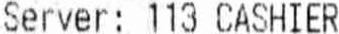
SERVER: 113 CASHIER